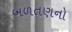
બળતણનો